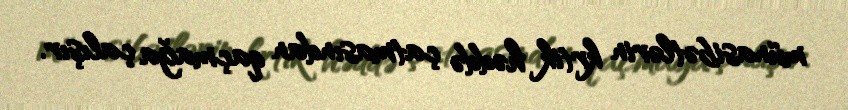
münasibətlərin krtik həddə çatmasından qaçmağa çalışır.